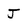
Character: J